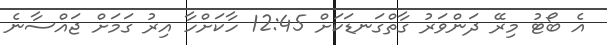
އެ ބޯޓު މިރޭ ދަންވަރު ގާތްގަނޑަކަށް 12:45 ހާކަށްހާ އިރު ގަމަށް ޖައްސާނެ